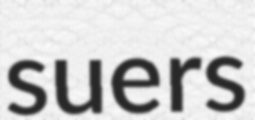
suers